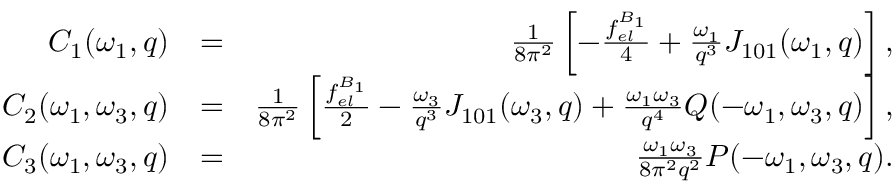
\begin{array} { r l r } { { \cal C } _ { 1 } ( \omega _ { 1 } , q ) } & { = } & { \frac { 1 } { 8 \pi ^ { 2 } } \left[ - \frac { f _ { e l } ^ { B _ { 1 } } } { 4 } + \frac { \omega _ { 1 } } { q ^ { 3 } } { \cal J } _ { 1 0 1 } ( \omega _ { 1 } , q ) \right] , } \\ { { \cal C } _ { 2 } ( \omega _ { 1 } , \omega _ { 3 } , { q } ) } & { = } & { \frac { 1 } { 8 \pi ^ { 2 } } \left[ \frac { f _ { e l } ^ { B _ { 1 } } } { 2 } - \frac { \omega _ { 3 } } { q ^ { 3 } } { \cal J } _ { 1 0 1 } ( \omega _ { 3 } , q ) + \frac { \omega _ { 1 } \omega _ { 3 } } { q ^ { 4 } } { \cal Q } ( - \omega _ { 1 } , \omega _ { 3 } , { q } ) \right] , } \\ { { \cal C } _ { 3 } ( \omega _ { 1 } , \omega _ { 3 } , { q } ) } & { = } & { \frac { \omega _ { 1 } \omega _ { 3 } } { 8 \pi ^ { 2 } q ^ { 2 } } { \cal P } ( - \omega _ { 1 } , \omega _ { 3 } , { q } ) . } \end{array}